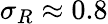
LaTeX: \sigma_{R}\approx 0.8